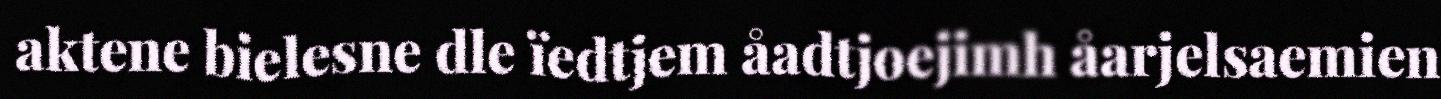
aktene bielesne dle ïedtjem åadtjoejimh åarjelsaemien